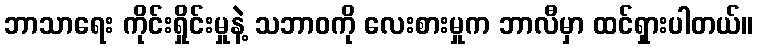
ဘာသာရေး ကိုင်းရှိုင်းမှုနဲ့ သဘာဝကို လေးစားမှုက ဘာလီမှာ ထင်ရှားပါတယ်။